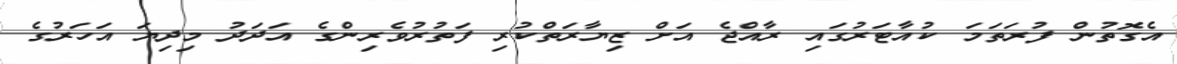
އެގޮތުން ފުރަތަމަ ކުއާޓަރުގައި ރާއްޖެ އަށް ޒިޔާރަތްކުރި ފަތުރުވެރިންގެ އަދަދު މިދިޔަ އަހަރުގެ